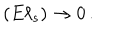
( E \ell _ { s } ) \rightarrow 0 \, .